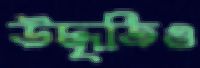
উদ্ধৃতিও